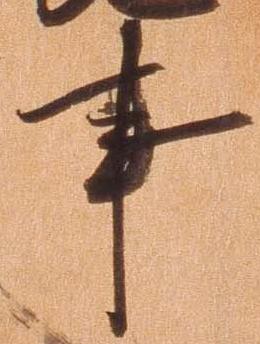
事